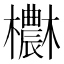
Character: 欁